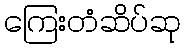
ကြေးတံဆိပ်ဆု